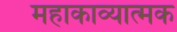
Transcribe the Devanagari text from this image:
महाकाव्‍यात्‍मक